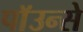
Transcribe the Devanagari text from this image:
पाॅउन्से